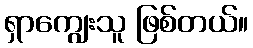
ရှာကျွေးသူ ဖြစ်တယ်။